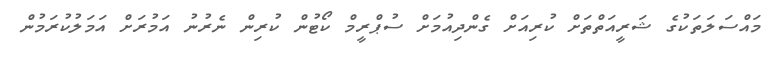
މައްސަލަތަކުގެ ޝަރީއަތްތަށް ކުރިއަށް ގެންދިއުމަށް ސުޕްރީމް ކޯޓުން ކުރިން ނެރުނު އަމުރަށް އަމަލުކުރަމުން